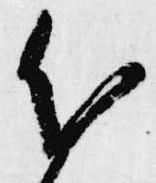
分